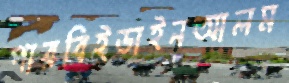
পারবিইডাইনআলম